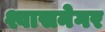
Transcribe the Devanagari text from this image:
श्वासनेगर